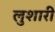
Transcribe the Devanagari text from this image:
लुशारी